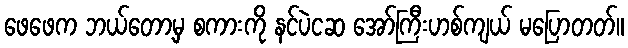
ဖေဖေက ဘယ်တော့မှ စကားကို နင်ပဲငဆ အော်ကြီးဟစ်ကျယ် မပြောတတ်။